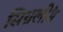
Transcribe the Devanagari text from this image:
सिग्नलींग